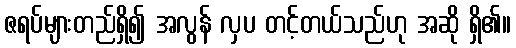
ဇရပ်များတည်ရှိ၍ အလွန် လှပ တင့်တယ်သည်ဟု အဆို ရှိ၏။